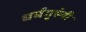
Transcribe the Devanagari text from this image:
धर्मगुरुंनी